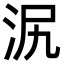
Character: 泦